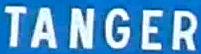
TANGER